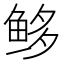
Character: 𩽿